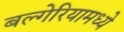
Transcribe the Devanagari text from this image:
बल्गेरियामध्ये